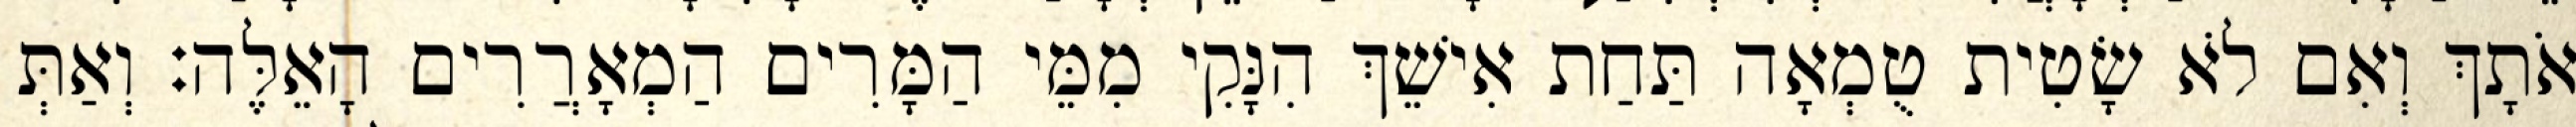
אֹתָךְ וְאִם לֹא שָׂטִית טֻמְאָה תַּחַת אִישֵׁךְ הִנָּקִי מִמֵּי הַמָּרִים הַמְאָרֲרִים הָאֵלֶּה׃ וְאַתְּ